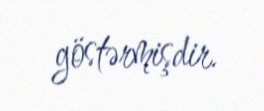
göstərmişdir.